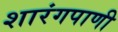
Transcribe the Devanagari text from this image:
शारंगपाणी